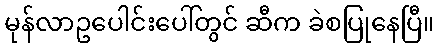
မုန်လာဥပေါင်းပေါ်တွင် ဆီက ခဲစပြုနေပြီ။